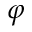
\varphi